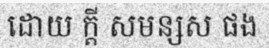
ដោយ ក្តី សមន្សស ផង